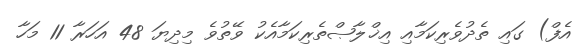
އެފް) ގައި ތެދުވެރިކަމާއި އިޚްލާޞްތެރިކަމާއެކު ވޭތުވެ މިދިޔަ 48 އަހަރާ 11 މަހާ